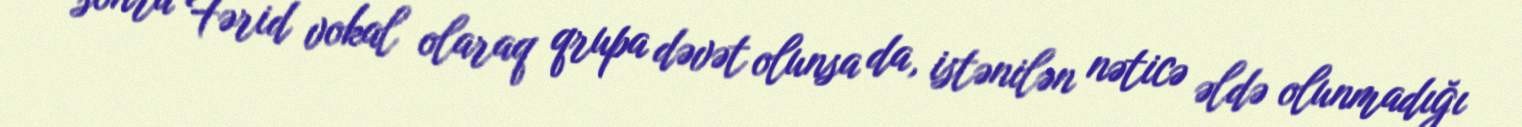
sonra Fərid vokal olaraq qrupa dəvət olunsa da, istənilən nəticə əldə olunmadığı